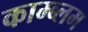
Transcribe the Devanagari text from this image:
काम्ब्लम